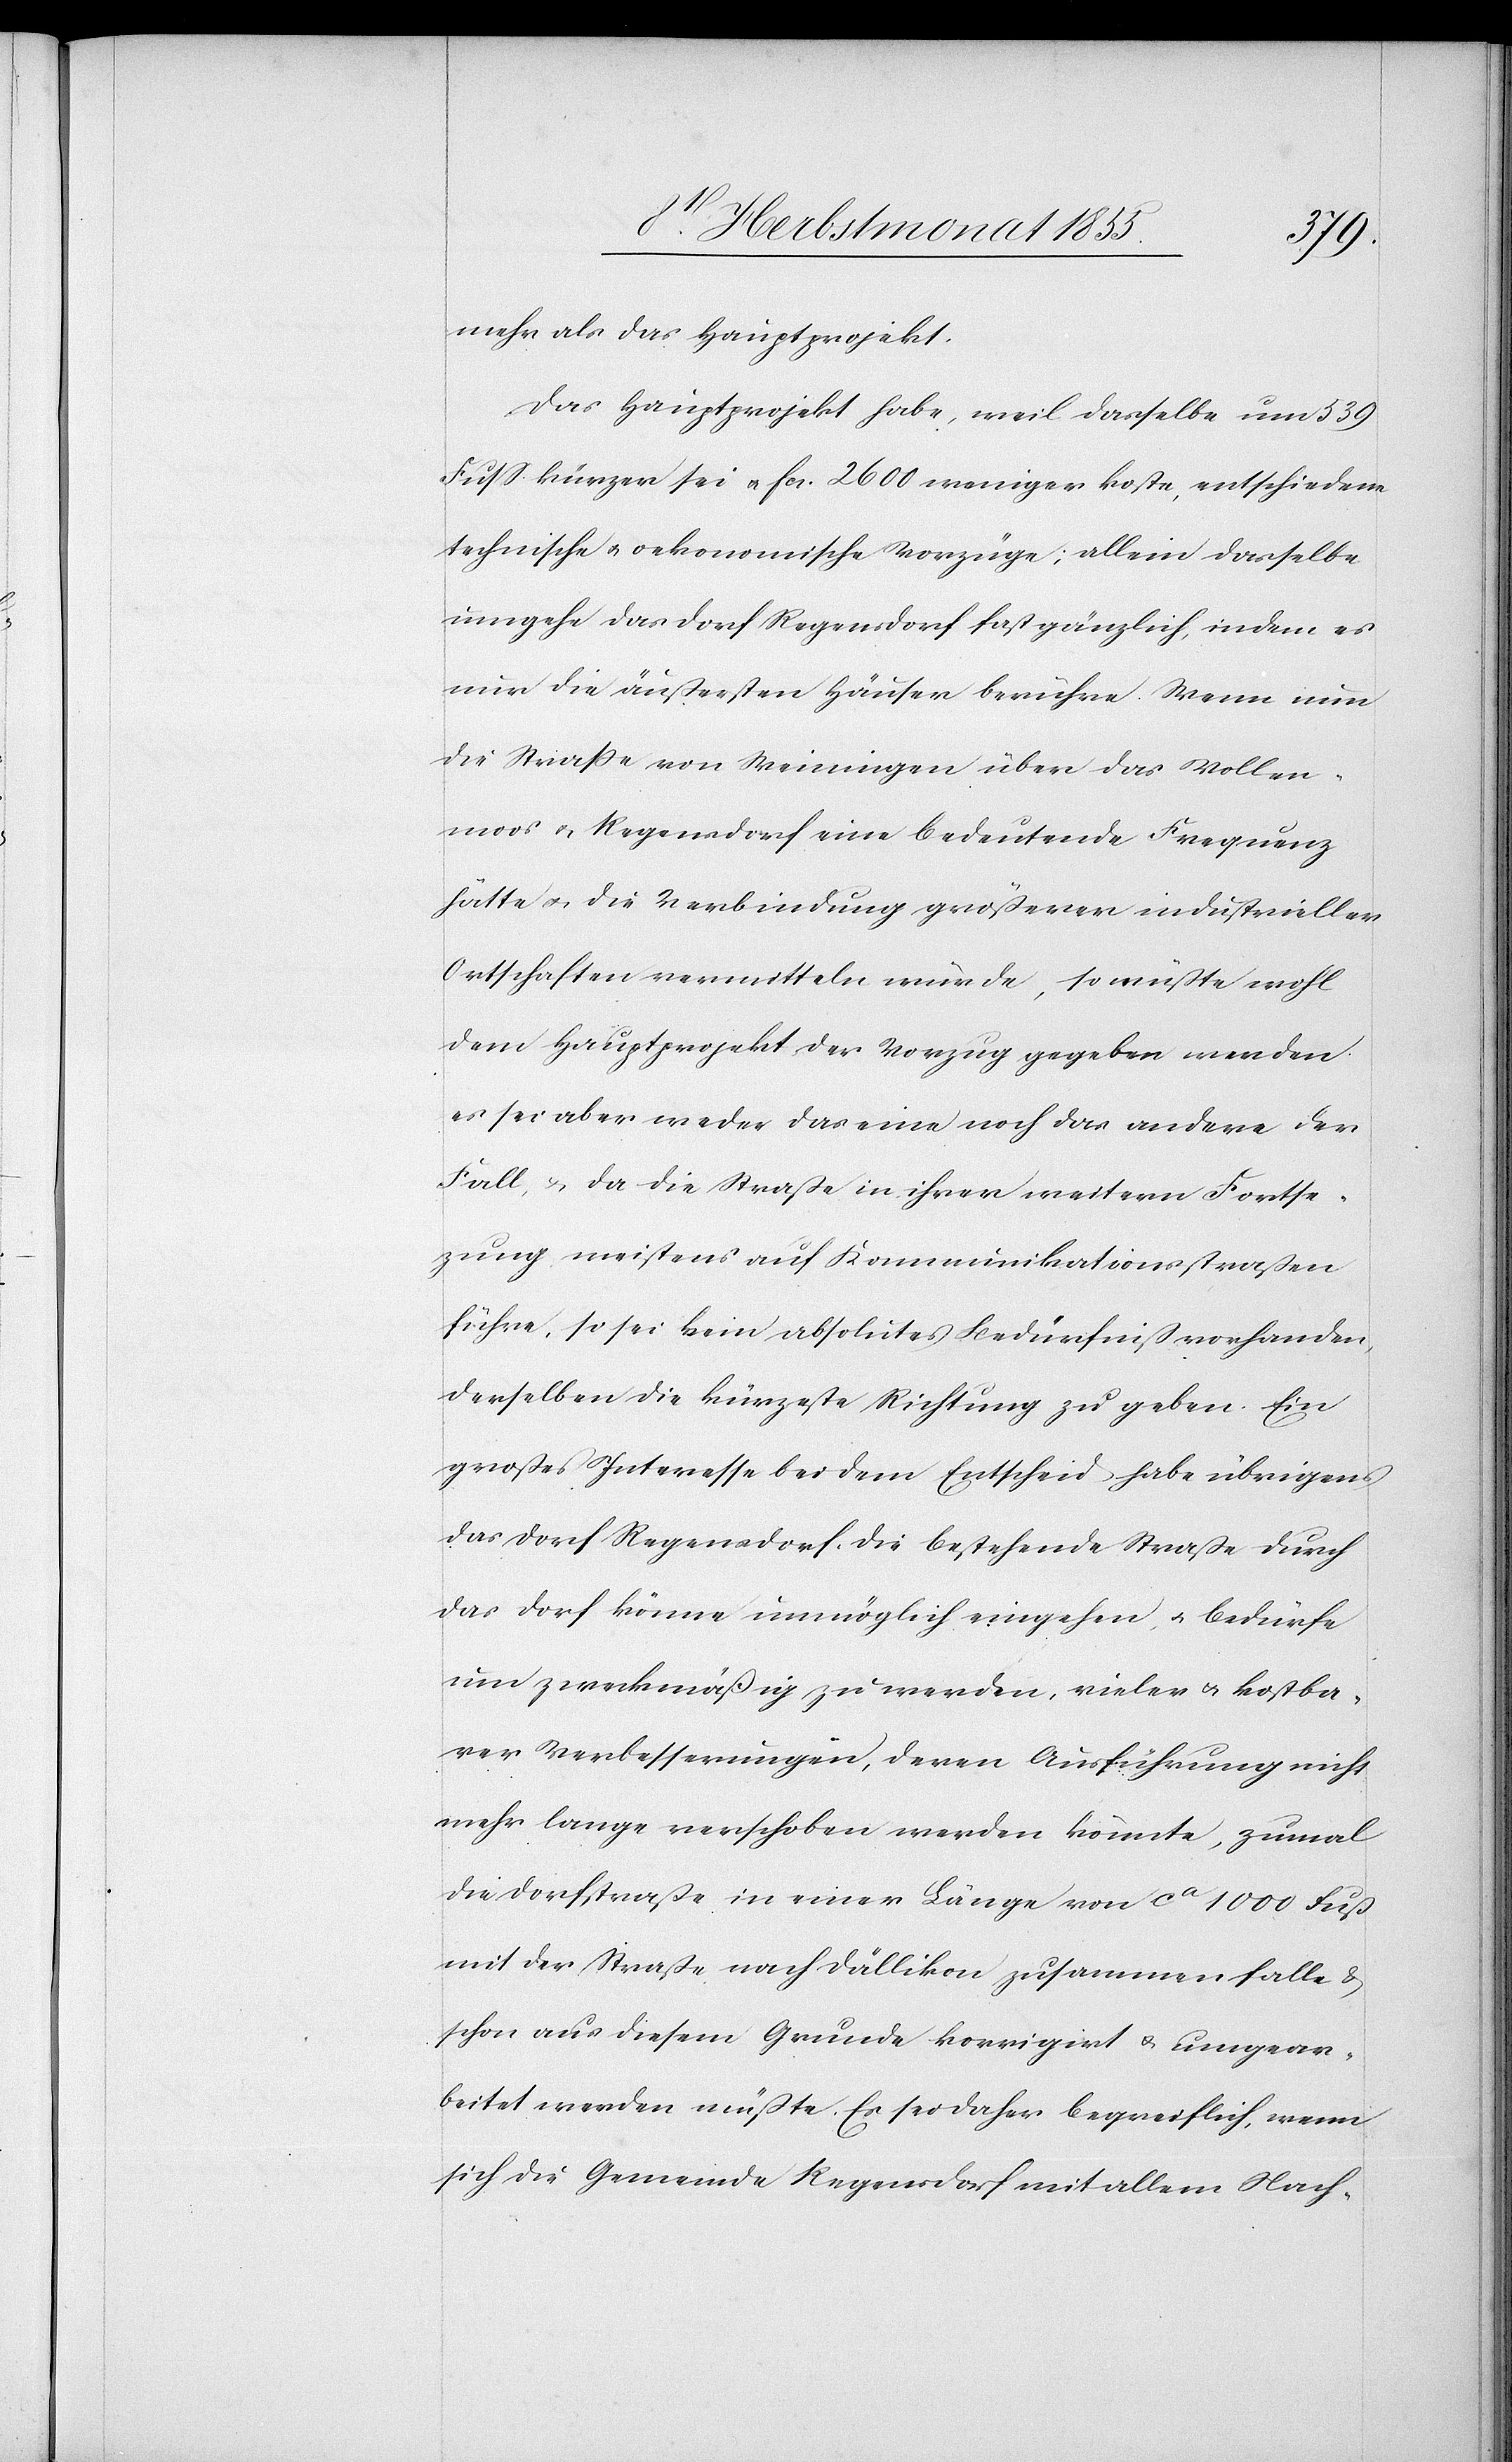
mehr als das Hauptprojekt.
Das Hauptprojekt habe, weil dasselbe um 539
Fuss kürzer sei & Fcs. 2600 weniger koste, entschiedene
technische & oekonomische Vorzüge; allein dasselbe
umgehe das Dorf Regensdorf fast gänzlich, indem es
nur die äußersten Häuser berühre. Wenn nun
die Straße von Weiningen über das Vollen¬
moos & Regensdorf eine bedeutende Frequenz
hätte & die Verbindung größerer industrieller
Ortschaften vermitteln würde, so müßte wohl
dem Hauptprojekt der Vorzug gegeben werden
es sei aber weder das eine noch das andere der
Fall, & da die Straße in ihrer weitern Fortse¬
zung meistens auf Kommunikationsstraßen
führe, so sei kein absolutes Bedürfniß vorhanden,
derselben die kürzeste Richtung zu geben. Ein
großes Interesse bei dem Entscheid habe übrigens
das Dorf Regensdorf. Die bestehende Straße durch
das Dorf könne unmöglich eingehen, & bedürfe
um zweckmäßig zu werden, vieler & kostba¬
rer Verbesserungen, deren Ausführung nicht
mehr lange verschoben werden könnte, zumal
die Dorfstraße in einer Länge von ca 1000 Fuß
mit der Straße nach Dällikon zusammen falle &
schon aus diesem Grunde korrigirt & umgear¬
beitet werden müßte. Es sei daher begreiflich, wenn
sich die Gemeinde Regensdorf mit allem Nach-